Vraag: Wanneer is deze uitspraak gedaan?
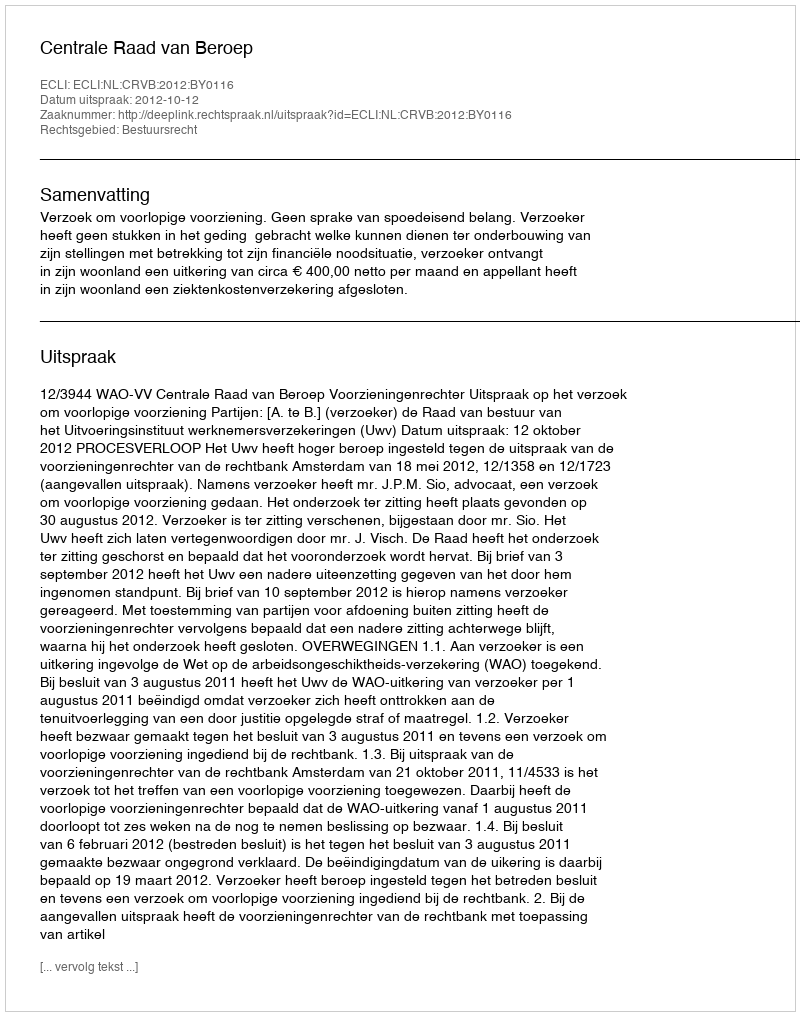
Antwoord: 2012-10-12